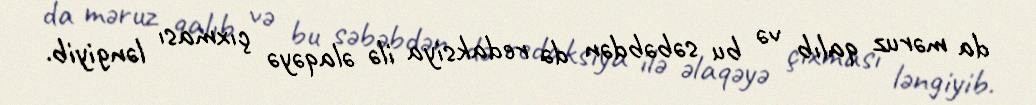
da məruz qalıb və bu səbəbdən də redaksiya ilə əlaqəyə çıxması ləngiyib.